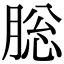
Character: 䐋